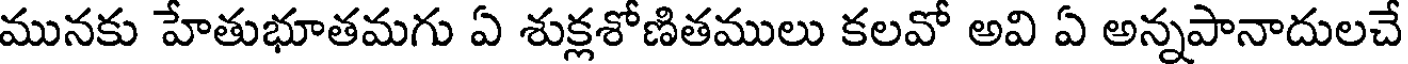
మునకు హేతుభూతమగు ఏ శుక్లశోణితములు కలవో అవి ఏ అన్నపానాదులచే